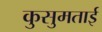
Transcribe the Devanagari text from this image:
कुसुमताई